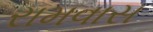
રામવાસ